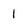
Character: 1